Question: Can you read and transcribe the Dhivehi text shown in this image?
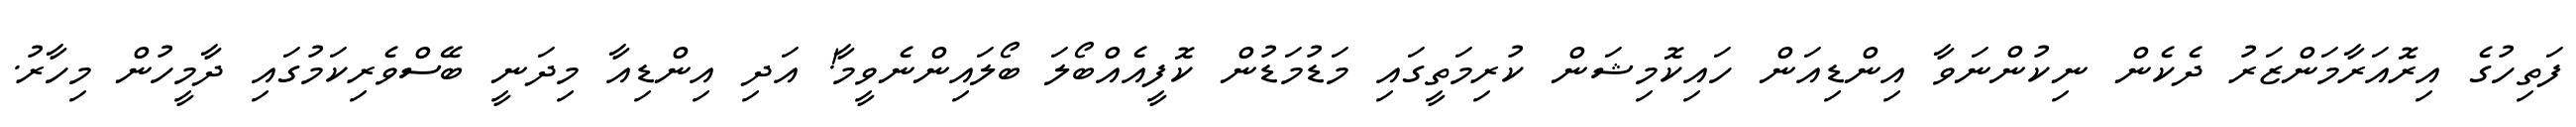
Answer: ފަތިހުގެ އިރޮއަރާމަންޒަރު ދެކެން ނިކުންނަވާ އިންޑިއަން ހައިކޮމިޝަން ކުރިމަތީގައި މަޑުމަޑުން ކޮފީއެއްބޯލަ ބޯލައިންނެވީމާ! އަދި އިންޑިއާ މިދަނީ ބޭސްވެރިކަމުގައި ދާމީހުން މިހާރު.